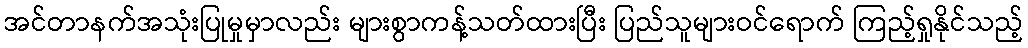
အင်တာနက်အသုံးပြုမှုမှာလည်း များစွာကန့်သတ်ထားပြီး ပြည်သူများဝင်ရောက် ကြည့်ရှုနိုင်သည့်